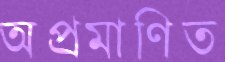
অপ্রমাণিত